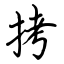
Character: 拷